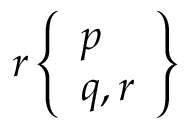
r \left\{ { \begin{array} { l } { p } \\ { q , r } \end{array} } \right\}